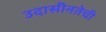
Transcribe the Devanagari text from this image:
उदासीनतेची